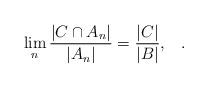
LaTeX: \begin{align*}\lim_n\frac{|C\cap A_n|}{|A_n|}=\frac{|C|}{|B|},\;\;\;.\end{align*}